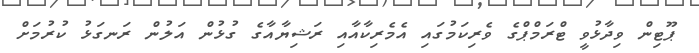
ޕޫޓިން ވިދާޅުވީ ޓްރަމްޕްގެ ވެރިކަމުގައި އެމެރިކާއާއި ރަޝިޔާއާގެ ގުޅުން އަލުން ރަނގަޅު ކުރުމަށް